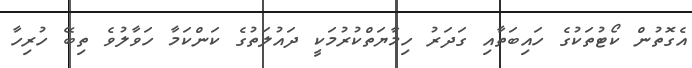
އެގޮތުން ކޯޓުތަކުގެ ހައިބަތާއި ގަދަރު ހިމާޔަތްކުރުމަކީ ދައުލަތުގެ ކަންކަމާ ހަވާލުވެ ތިބޭ ހުރިހާ